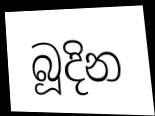
බූදින